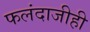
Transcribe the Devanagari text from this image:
फलंदाजीही